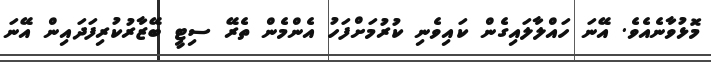
މޮޅުވާނެއެވެ. އޭނަ ހައްލާލައިގެން ކައިވެނި ކުރުމަށްފަހު އެންމެން ތެރޭ ސިޓީ ބޭޒާރުކުރިފަދައިން އޭނަ